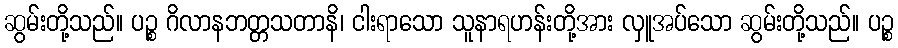
ဆွမ်းတို့သည်။ ပဉ္စ ဂိလာနဘတ္တသတာနိ၊ ငါးရာသော သူနာရဟန်းတို့အား လှူအပ်သော ဆွမ်းတို့သည်။ ပဉ္စ